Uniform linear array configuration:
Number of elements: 12
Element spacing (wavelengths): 0.25
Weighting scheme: hamming
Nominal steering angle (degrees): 0
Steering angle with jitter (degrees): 1.871
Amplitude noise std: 0.05
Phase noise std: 0.05

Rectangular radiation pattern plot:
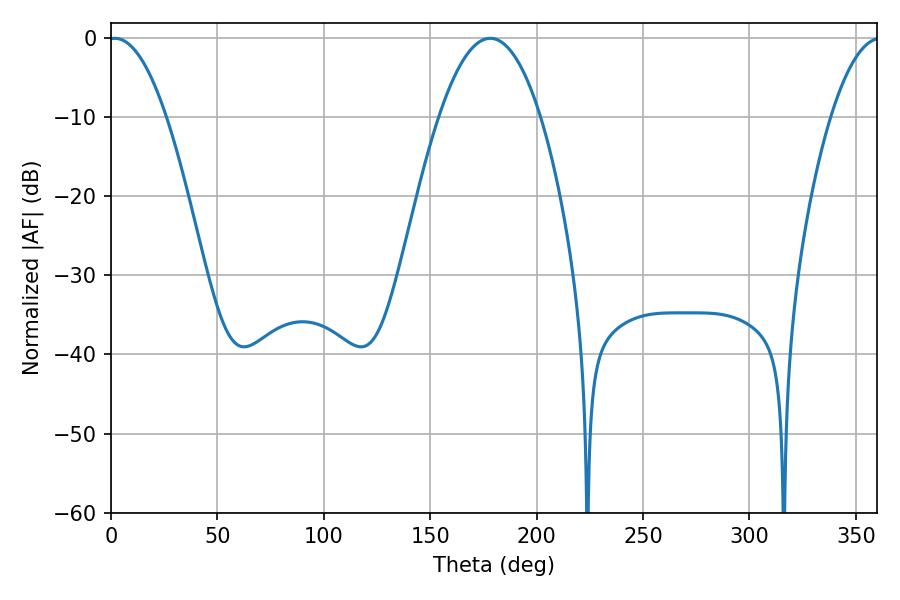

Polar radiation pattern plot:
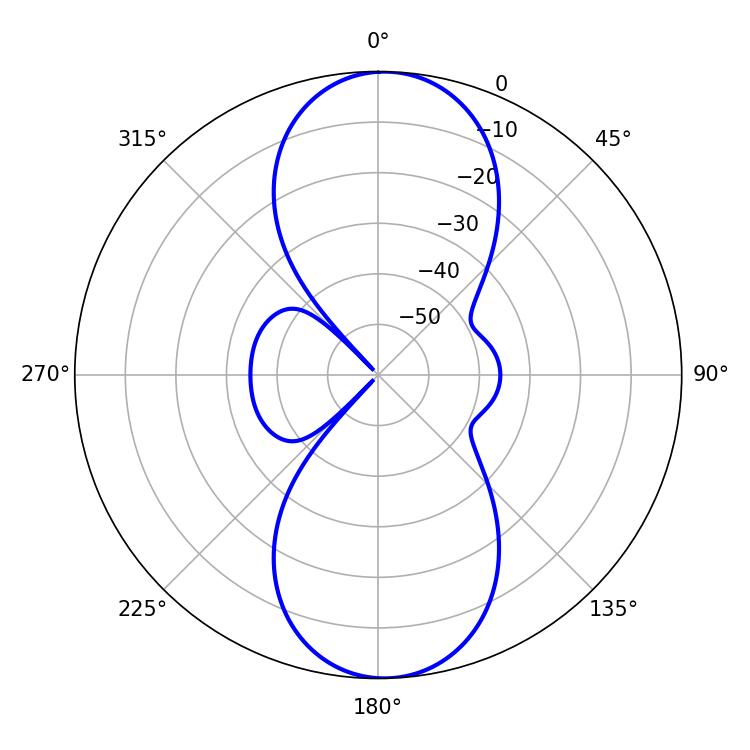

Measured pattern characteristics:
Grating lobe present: FALSE
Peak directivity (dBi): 17.729
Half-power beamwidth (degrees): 14.94
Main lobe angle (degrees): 1.8